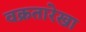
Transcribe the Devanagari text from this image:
वक्रतारेखा